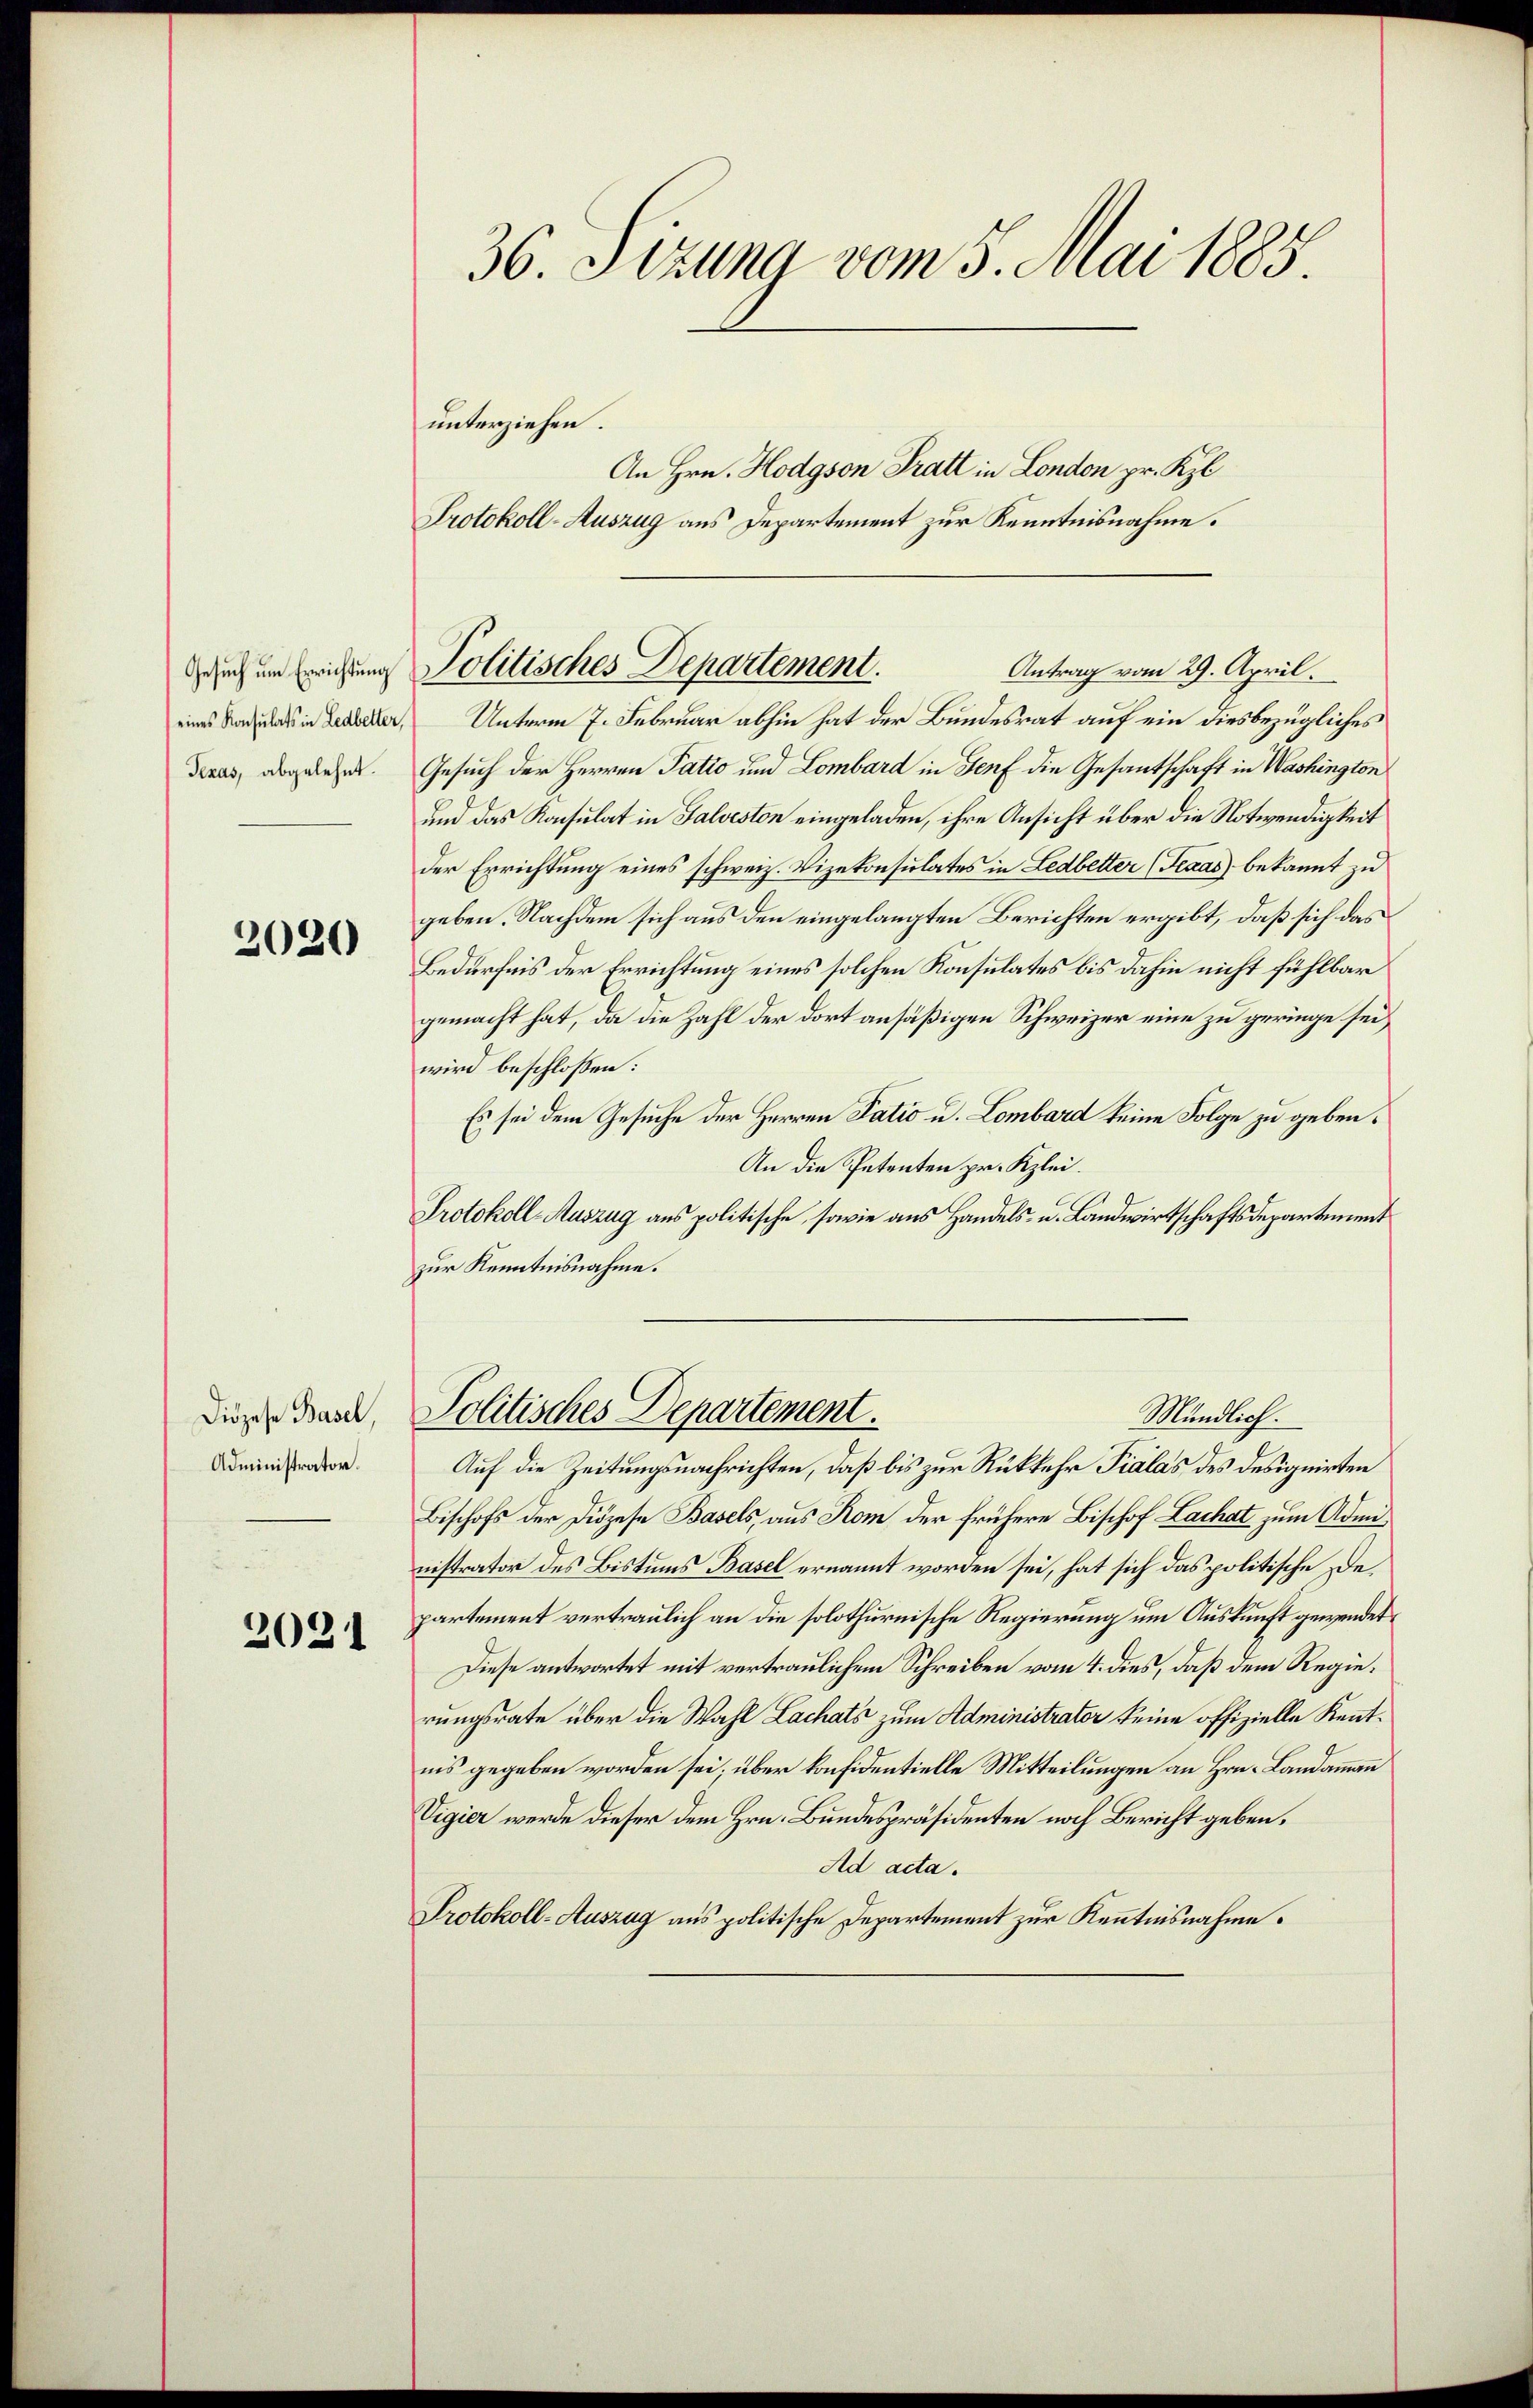
Gesuch um Errichtung
eines Konsulats in Ledbetter,
Teras, abgelehnt.

2020

Diözese Basel,
Administrator.

2021

36. Sizung vom 5. Mai 1885.

unterziehen.
An Hrn. Hodgson Tratt in London pr. Kl
Protokoll-Auszug aus Departement zur Kenntnisnahme.
Antrag vom 29. April.
Unterm 7. Februar abhin hat der Bundesrat auf ein diesbezügliches
Gesuch der Herren Patio und Lombard in Genf die Gesandtschaft in Washington
und das Konsulat in Galveston eingeladen, ihre Ansicht über die Notwendigkeit
der Errichtung eines schweiz. Vizekonsulates in Ledbetter (Texas bekannt zu
geben. Nachdem sich aus den eingelangten Berichten ergibt, daß sich das
Bedürfnis der Errichtung eines solchen Konsulates bis dahin nicht fühlbar
gemacht hat, da die Zahl der dort ansäßigen Schweizer eine zu geringe sei,
wird beschlossen:
Es sei dem Gesuche der Herren Tatio u. Lombard keine Folge zu geben.
An die Petenten pr. Klei¬
Protokoll-Auszug aus politische, sowie aus Handels- u. Landwirtschaftsdepartement
zur Kenntnisnahme.

Politisches Departement.

Auf die Zeitungsnachrichten, daß bis zur Rückkehr Pialas des designirten
Bischofs der Diözese Basels, aus Rom der frühere Bischof Lachat zum Administrator des Bistums Basel ernannt worden sei, hat sich das politische Departement vertraulich an die solothurnische Regierung um Auskunft gewendet,
Diese antwortet mit vertraulichem Schreiben vom 4. dies, daß dem Regierungsrate über die Wahl Lachats zum Administrater keine offizielle Kenntnis gegeben worden sei; über konfidentielle Mitteilungen an Hrn. Landammann
Vigier werde dieser dem Hrn. Bundespräsidenten noch Bericht geben.
Ad acta.
Protokoll-Auszug aus politische Departement zur Kenntnisnahme.

Politisches Departement.
Mündlich.